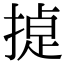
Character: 𭡸